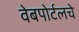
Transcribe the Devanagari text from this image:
वेबपोर्टलचे